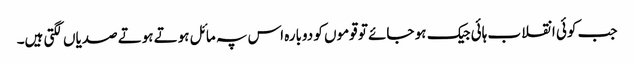
جب کوئی انقلاب ہائی جیک ہو جائے تو قوموں کو دوبارہ اس پہ مائل ہوتے ہوتے صدیاں لگتی ہیں۔